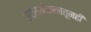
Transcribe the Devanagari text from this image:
उपाययोजनातूनही